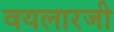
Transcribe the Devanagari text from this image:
वयलारजी